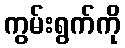
ကွမ်းရွက်ကို